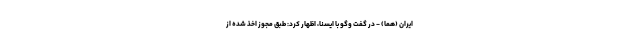
ایران (هما) - در گفت وگو با ایسنا، اظهار کرد: طبق مجوز اخذ شده از